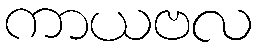
ကာယဗလ